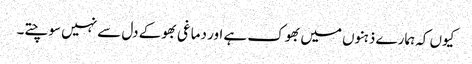
کیوں کہ ہمارے ذہنوں میں بھوک ہے اور دماغی بھوکے دل سے نہیں سوچتے۔